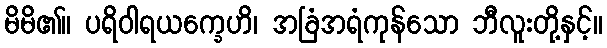
မိမိ၏။ ပရိဝါရယက္ခေဟိ၊ အခြံအရံကုန်သော ဘီလူးတို့နှင့်။